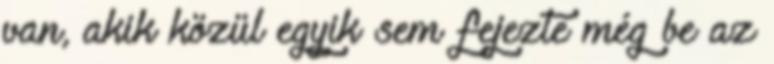
van, akik közül egyik sem fejezte még be az